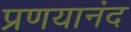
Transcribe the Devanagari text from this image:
प्रणयानंद